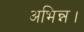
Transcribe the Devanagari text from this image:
अभिन्न।